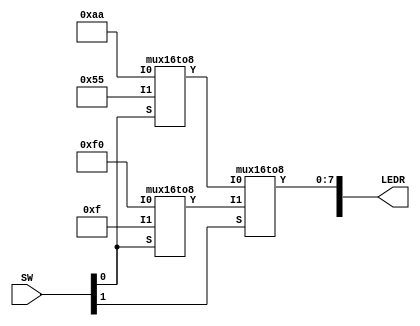
// Part 1

/*module Lab1 (SW, LEDR);

	input [9:0] SW;
	output [9:0] LEDR;
	assign LEDR = SW;
	
endmodule 
*/

// Part 2

/*
module Lab1(SW, LEDR);
	
	input [9:0] SW;
	wire [3:0] x, y, m;
	wire s;
	output [9:0] LEDR;
	assign x[3:0]= SW[3:0];
	assign y[3:0]= SW[7:4];
	assign s = SW[9];
	assign m[0] = (~s & x[0]) | (s & y[0]);
	assign m[1] = (~s & x[1]) | (s & y[1]);
	assign m[2] = (~s & x[2]) | (s & y[2]);
	assign m[3] = (~s & x[3]) | (s & y[3]);
	assign LEDR[7:4] = m[3:0];
	
endmodule 
*/

//Part 3


module Lab1 (SW, LEDR);
input [9:0] SW;
output [9:0] LEDR;
wire [7:0] top0_out,bottom0_out,mid0_out;

mux16to8 top0(
.I0(8'hAA),
.I1(8'h55),
.S(SW[0]),
.Y(top0_out)
);

mux16to8 bottom0(
.I0(8'hF0),
.I1(8'h0F),
.S(SW[0]),
.Y(bottom0_out)
);

mux16to8 mid0(
.I0(top0_out),
.I1(bottom0_out),
.S(SW[1]),
.Y(mid0_out)
);

assign LEDR[7:0] = mid0_out;

endmodule 

module mux16to8(I0,I1,S,Y);
input [7:0] I0,I1;
input S;
output [7:0] Y;
wire [7:0] m;

	assign m[0] = (~S & I0[0]) | (S & I1[0]);
	assign m[1] = (~S & I0[1]) | (S & I1[1]);
	assign m[2] = (~S & I0[2]) | (S & I1[2]);
	assign m[3] = (~S & I0[3]) | (S & I1[3]);
	assign m[4] = (~S & I0[4]) | (S & I1[4]);
	assign m[5] = (~S & I0[5]) | (S & I1[5]);
	assign m[6] = (~S & I0[6]) | (S & I1[6]);
	assign m[7] = (~S & I0[7]) | (S & I1[7]);
 
	assign Y = m;
	
endmodule